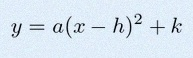
y=a(x-h)^2+k